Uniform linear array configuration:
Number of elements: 64
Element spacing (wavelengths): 0.25
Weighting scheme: hann
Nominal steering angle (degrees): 30
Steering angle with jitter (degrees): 30.34
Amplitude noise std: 0.05
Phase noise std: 0.05

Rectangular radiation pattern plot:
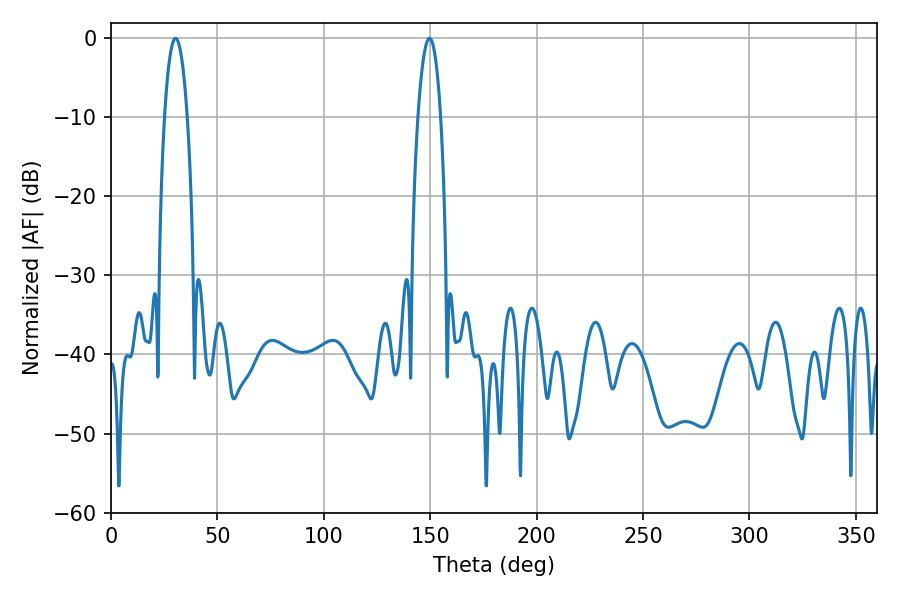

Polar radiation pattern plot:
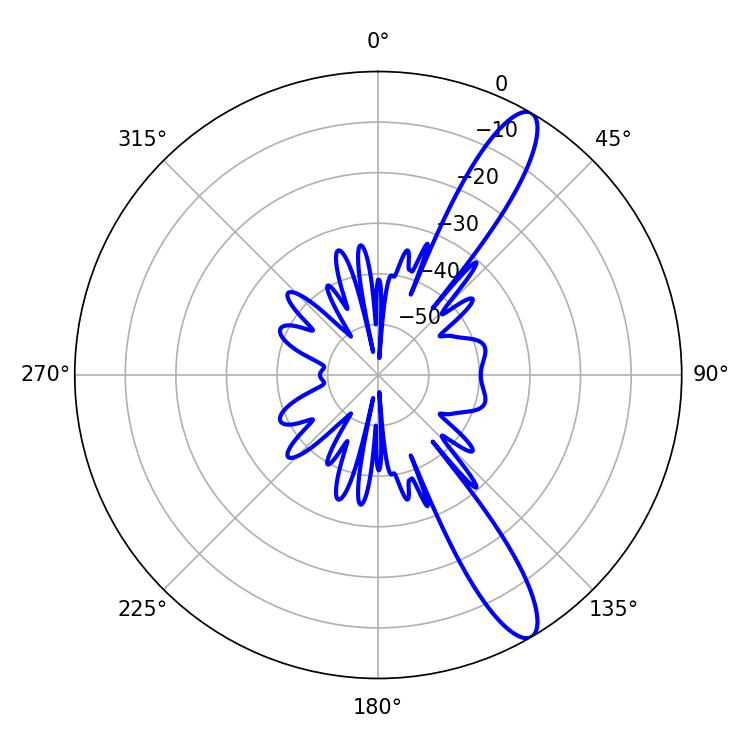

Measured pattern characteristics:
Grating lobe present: FALSE
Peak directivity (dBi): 12.497
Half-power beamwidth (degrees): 5.94
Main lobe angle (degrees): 30.42